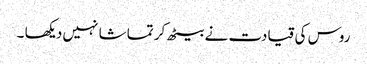
روس کی قیادت نے بیٹھ کر تماشا نہیں دیکھا ۔